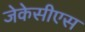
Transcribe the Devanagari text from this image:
जेकेसीएस